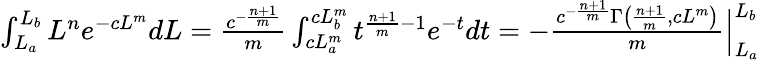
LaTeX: \begin{array}{r}{\int_{L_{a}}^{L_{b}}L^{n}e^{-cL^{m}}dL=\frac{c^{-\frac{n+1}{m}}}{m}\int_{cL_{a}^{m}}^{cL_{b}^{m}}t^{\frac{n+1}{m}-1}e^{-t}dt=-\frac{c^{-\frac{n+1}{m}}\Gamma\left(\frac{n+1}{m},cL^{m}\right)}{m}\Big|_{L_{a}}^{L_{b}}}\end{array}